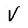
Character: V